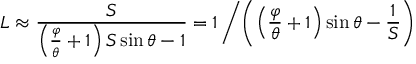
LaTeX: L \approx { \frac { S } { \left( { \frac { \varphi } { \theta } } + 1 \right) S \sin \theta - 1 } } = 1 \left/ \left( \left( { \frac { \varphi } { \theta } } + 1 \right) \sin \theta - { \frac { 1 } { S } } \right) \right.